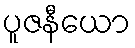
ပူဇနီယော